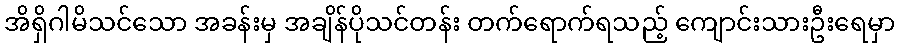
အိရှိဂါမိသင်သော အခန်းမှ အချိန်ပိုသင်တန်း တက်ရောက်ရသည့် ကျောင်းသားဦးရေမှာ